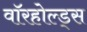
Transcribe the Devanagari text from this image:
वॉरहोल्ड्स